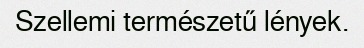
Szellemi természetű lények.